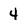
Character: 4